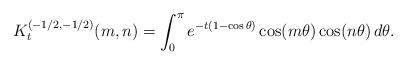
LaTeX: \begin{align*}K_t^{(-1/2,-1/2)}(m,n)=\int_0^\pi e^{-t(1-\cos\theta)}\cos(m\theta)\cos(n\theta)\, d\theta.\end{align*}